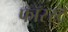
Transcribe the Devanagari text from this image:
फॉरस्ट